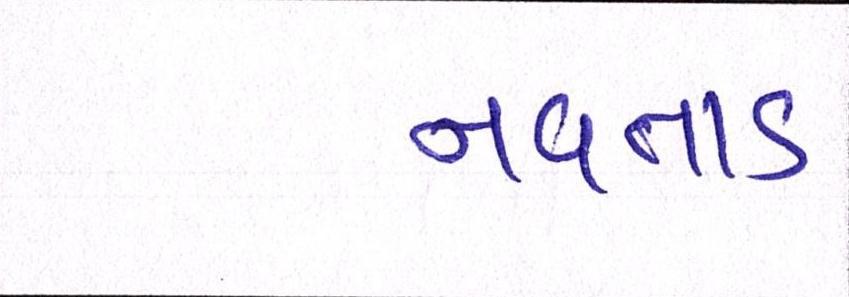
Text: નવતાડ